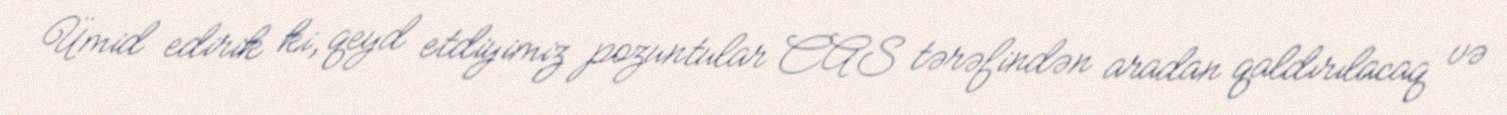
Ümid edirik ki, qeyd etdiyimiz pozuntular CAS tərəfindən aradan qaldırılacaq və